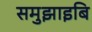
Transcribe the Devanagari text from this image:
समुझाइबि